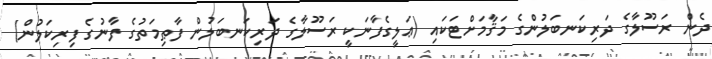
ދެން ރަސޫލާގެ ދަރިކަނބަލުންގެ މަޤާމަށްޓަކައި (ޢަލީގެފާނަކީ ރަސޫލާގެ ދަރިކަނބަލުން ފާޠިމަތުގެ ފާނުގެ ފިރިކަލުން)